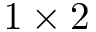
1 \times 2 ~